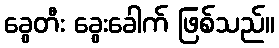
ခွေတီး ခွေးခေါက် ဖြစ်သည်။